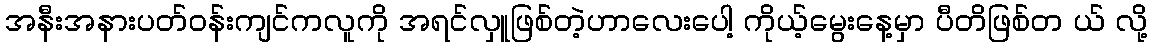
အနီးအနားပတ်ဝန်းကျင်ကလူကို အရင်လှူဖြစ်တဲ့ဟာလေးပေါ့ ကိုယ့်မွေးနေ့မှာ ပီတိဖြစ်တ ယ် လို့